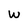
Character: W